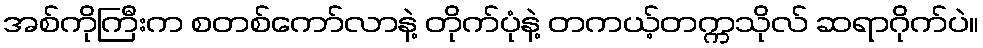
အစ်ကိုကြီးက စတစ်ကော်လာနဲ့ တိုက်ပုံနဲ့ တကယ့်တက္ကသိုလ် ဆရာဂိုက်ပဲ။